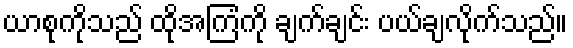
ယာစုကိုသည် ထိုအကြံကို ချက်ချင်း ပယ်ချလိုက်သည်။